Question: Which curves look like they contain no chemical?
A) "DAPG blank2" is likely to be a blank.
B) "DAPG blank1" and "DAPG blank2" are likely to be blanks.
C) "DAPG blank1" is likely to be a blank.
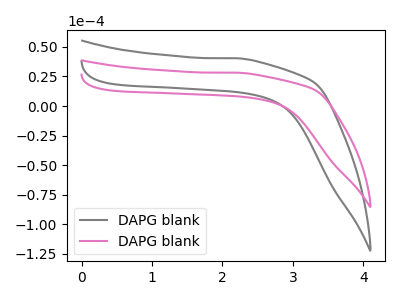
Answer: <think>The gray curve "DAPG blank1" has no peaks. The pink curve "DAPG blank2" has no peaks.</think>
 <answer>B) "DAPG blank1" and "DAPG blank2" are likely to be blanks.</answer>
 <eval>B</eval>